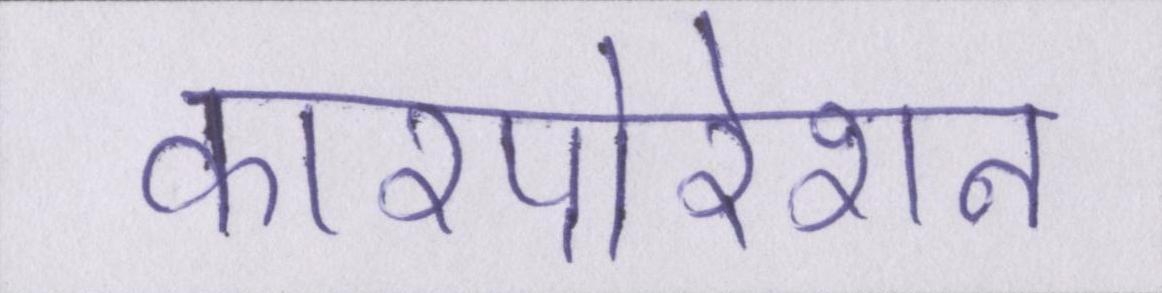
कारपोरेशन